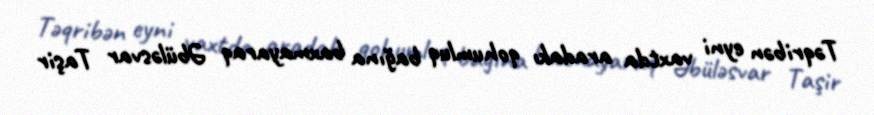
Təqribən eyni vaxtda aradakı qohumluq bağına baxmayaraq Əbüləsvar Taşir